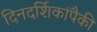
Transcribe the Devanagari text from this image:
दिनदर्शिकांपैकी